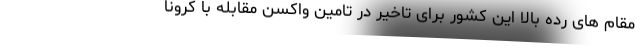
مقام ‌های رده بالا این کشور برای تاخیر در تامین واکسن مقابله با کرونا